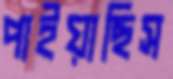
পাইয়াছিস